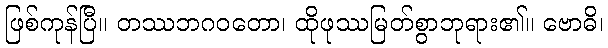
ဖြစ်ကုန်ပြီ။ တဿဘဂဝတော၊ ထိုဖုဿမြတ်စွာဘုရား၏။ ဗောဓိ၊